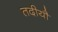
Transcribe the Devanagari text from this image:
तदीयौ